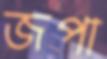
জপা